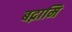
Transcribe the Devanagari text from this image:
बद्नामि